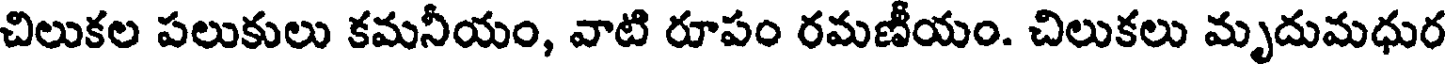
చిలుకల పలుకులు కమనీయం, వాటి రూపం రమణీయం. చిలుకలు మృదుమధుర